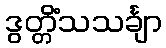
ဒွတ္တိံသသင်္ချာ